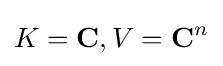
K=\mathbf {C} ,V=\mathbf {C} ^{n}